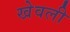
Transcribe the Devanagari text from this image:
खेवली